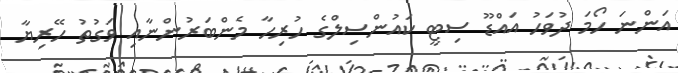
އަންނަ ހޯމަ ދުވަހު އައްޑޫ ސިޓީ ކައުންސިލްގެ ހުރިހާ މެންބަރުންނާއި ވަގުތު ހޭރިޔާ